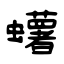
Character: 蠴